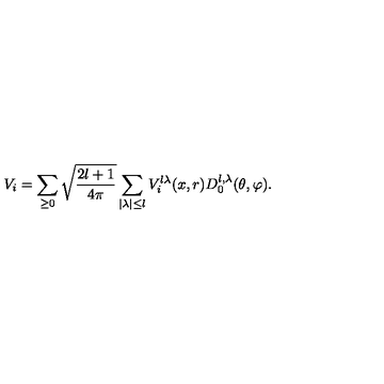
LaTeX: V _ { i } = \sum _ { \geq 0 } \sqrt { \frac { 2 l + 1 } { 4 \pi } } \sum _ { \mid \lambda \mid \leq l } V _ { i } ^ { l \lambda } ( x , r ) D _ { 0 } ^ { l , \lambda } ( \theta , \varphi ) .